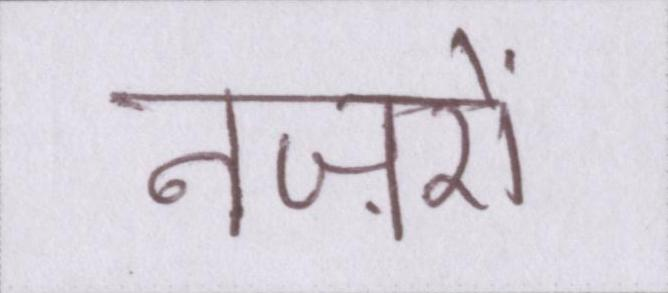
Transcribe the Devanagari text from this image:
नज़रों